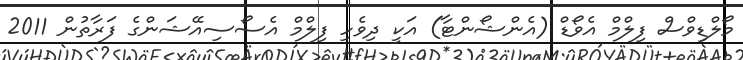
މޯލްޑިވްސް ފިލްމް އެވޯޑް (އެންޝޯންޓާ) އަކީ ދިވެހި ފިލްމް އެސޯސިއޭޝަންގެ ފަރާތުން 2011